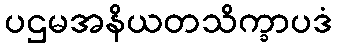
ပဌမအနိယတသိက္ခာပဒံ